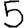
Digit: 5